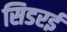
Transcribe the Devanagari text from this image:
सिडरई